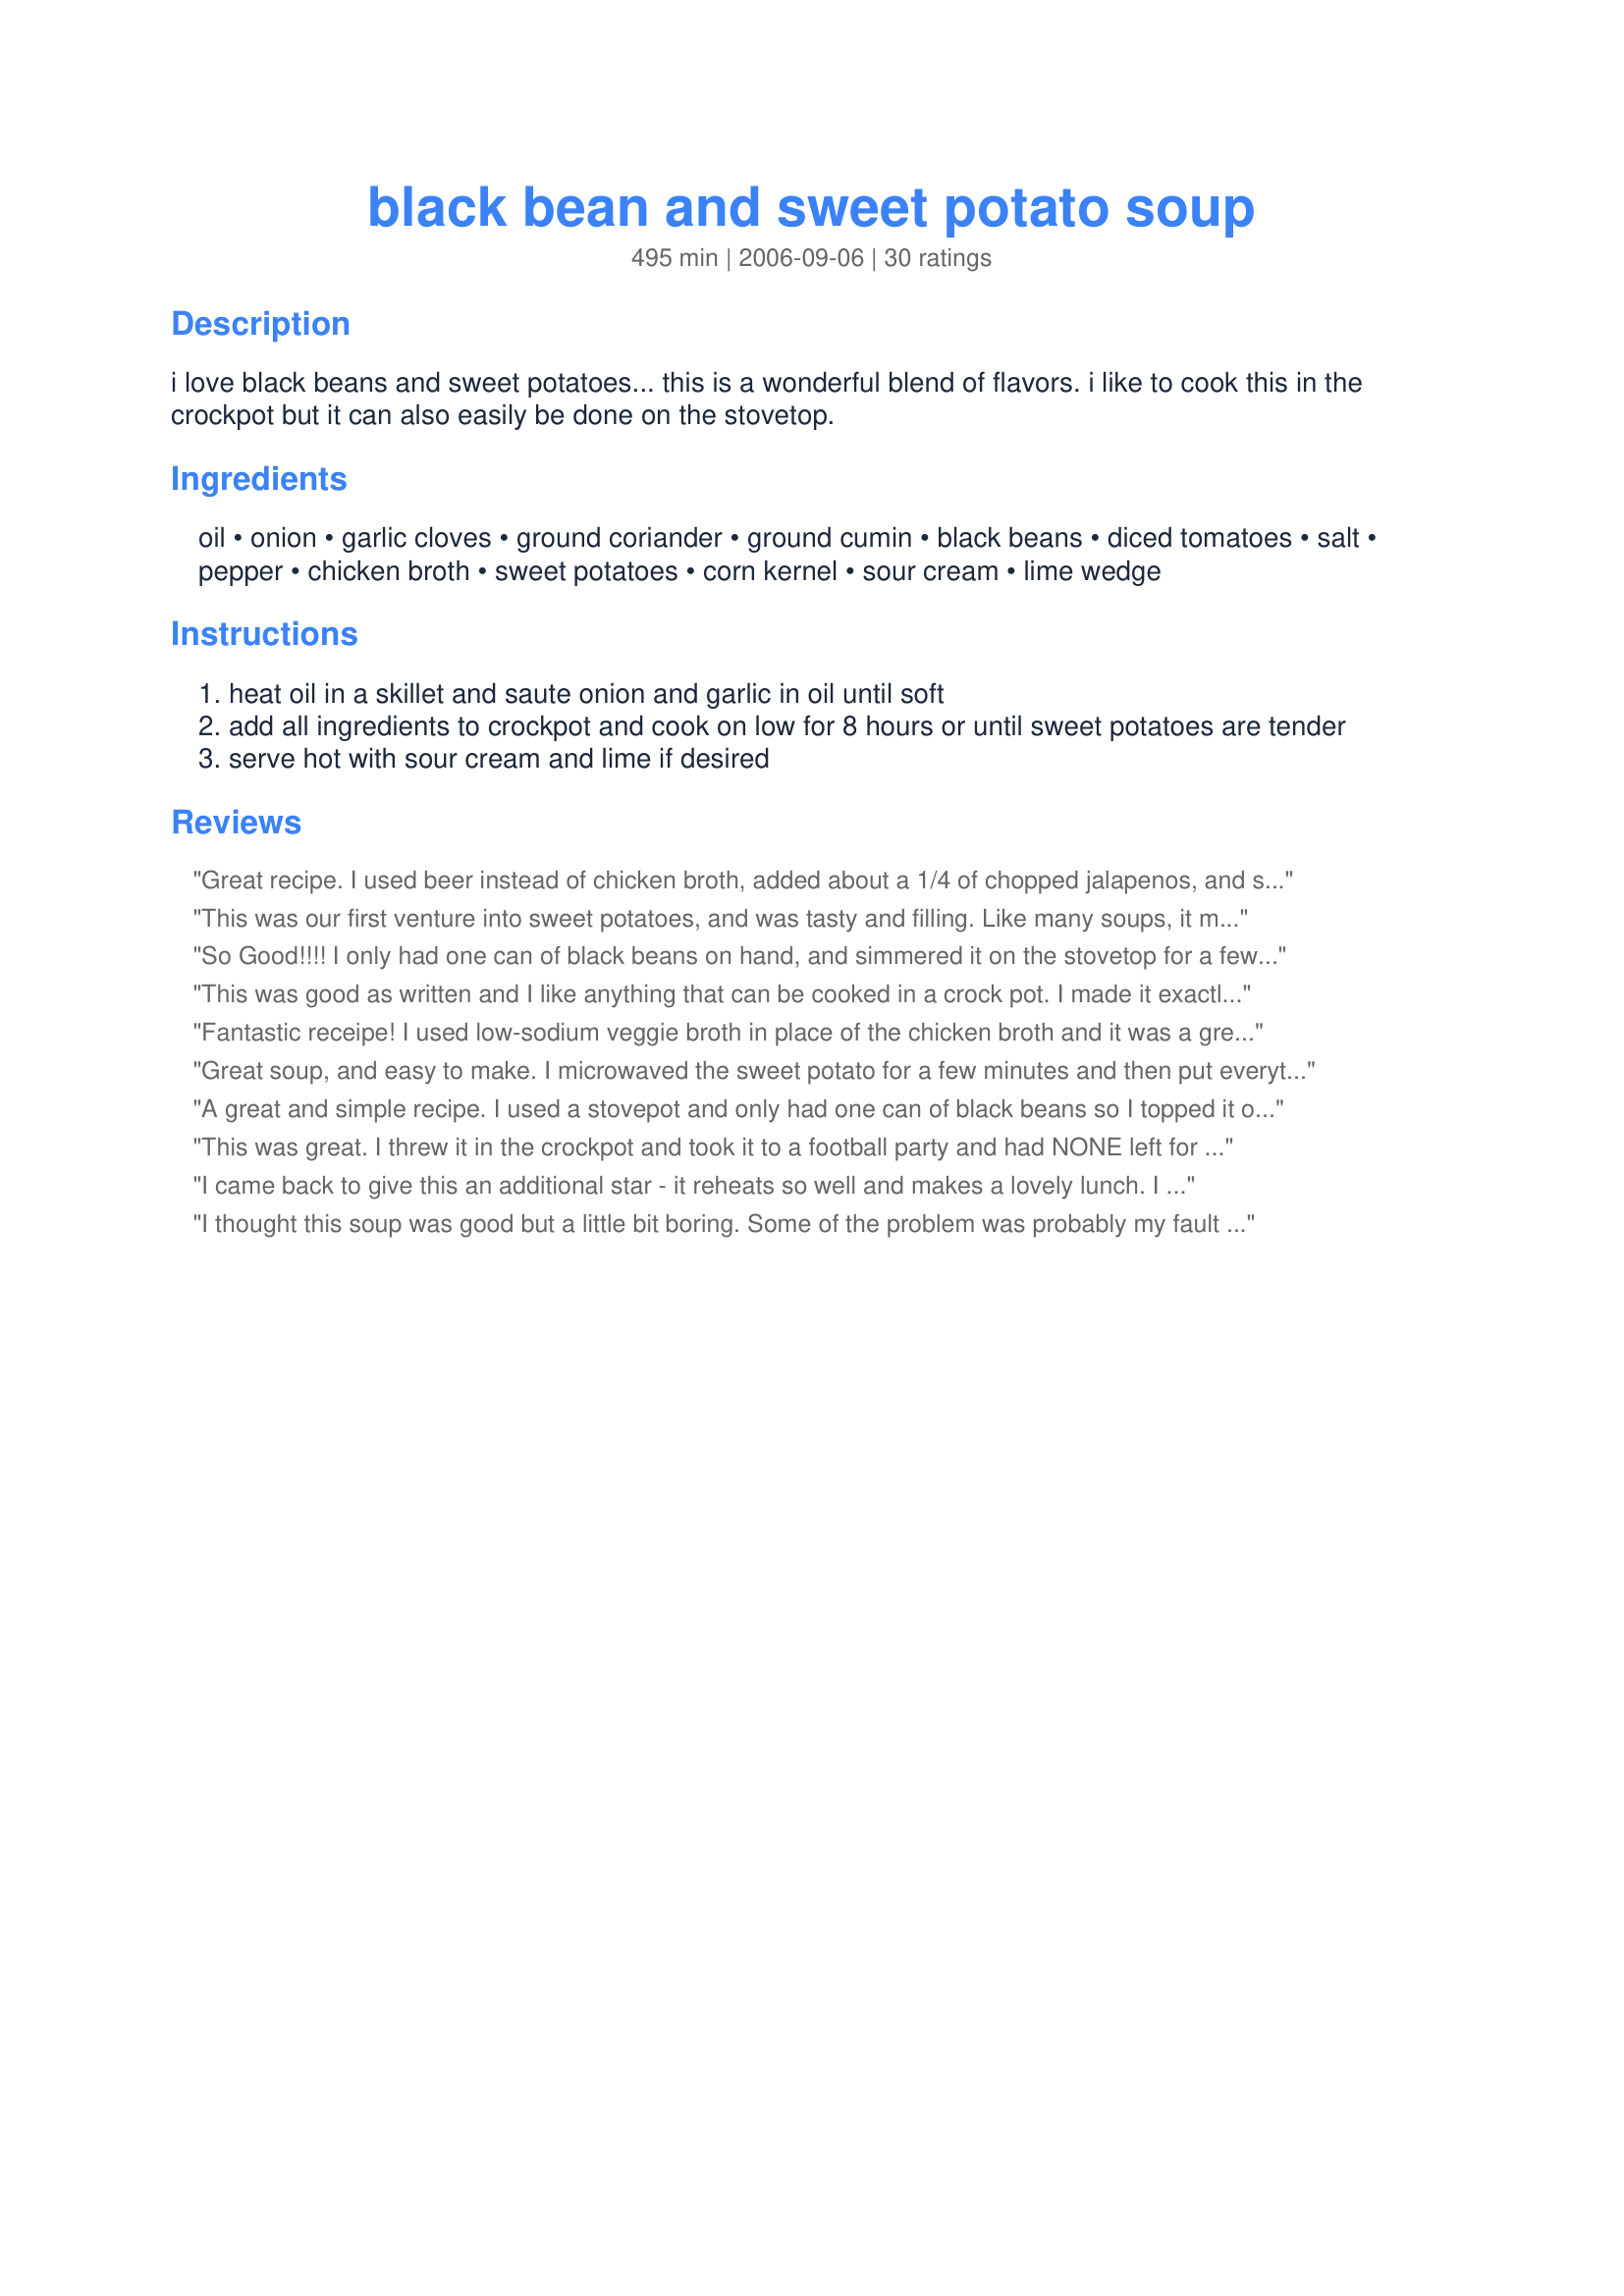
black bean and sweet potato soup
Preparation time: 495 minutes

i love black beans and sweet potatoes... this is a wonderful blend of flavors. i like to cook this in the crockpot but it can also easily be done on the stovetop.

Ingredients:
oil, onion, garlic cloves, ground coriander, ground cumin, black beans, diced tomatoes, salt, pepper, chicken broth, sweet potatoes, corn kernel, sour cream, lime wedge

Steps:
heat oil in a skillet and saute onion and garlic in oil until soft
add all ingredients to crockpot and cook on low for 8 hours or until sweet potatoes are tender
serve hot with sour cream and lime if desired

Reviews:
Great recipe. I used beer instead of chicken broth, added about a 1/4 of chopped jalapenos, and some chicken breast. Great stuff.
This was our first venture into sweet potatoes, and was tasty and filling. Like many soups, it made a LOT for just the two of us. We did it on the stovetop (not good about planning ahead) and it simmered up just fine.
So Good!!!! I only had one can of black beans on hand, and simmered it on the stovetop for a few hours, otherwise made this as stated, and I love this soup! Perfect for fall/winter!
This was good as written and I like anything that can be cooked in a crock pot. I made it exactly as written, except I forgot to rinse the black beans, but it still turned out well. I was worried that it'd taste salty since I didn't rinse the beans, but it was still good.<br/>I will probably substitute rotel for the diced tomatoes the next time I make it, since I like spicy dishes. I'll probably try substituting a can of beer for some of the chicken broth as some others have suggested. I'll repost and rate again when I make those changes, but it is good as written.
Fantastic receipe! I used low-sodium veggie broth in place of the chicken broth and it was a great vegetarian recipe. In place of the corriander I used a little smoked paprika. I made it on the stove top and simmered it for 30 minutes, then used an immersion blender for a great consistency. I added crushed tortilla chips for some salt. Delish!
Great soup, and easy to make. I microwaved the sweet potato for a few minutes and then put everything together in a pot, simmered for a hour. I also added cooked chicken. Everyone liked it!
A great and simple recipe. I used a stovepot and only had one can of black beans so I topped it of with kidney beans. I would say that the sour cream on top is a must.
This was great. I threw it in the crockpot and took it to a football party and had NONE left for my lunch today! Even the kids hoovered multiple bowls which surprised me. I used a combo of beer and chicken broth. I used a Leinyâ€™s Sunset Wheat beer, and thought the coriander and fruit notes in the beer were a perfect compliment to the flavors. While it was good just as it was, I think next time, I will use a can of tomatoes with mild chilies to add a touch of heat as some suggested.
I came back to give this an additional star - it reheats so well and makes a lovely lunch. 

I made a half recipe on the stovetop and found this recipe to be both simple and tasty. I added a liberal amount of hot sauce and enjoyed it very much. I've tried it with and without sour cream and enjoyed it both ways...would have added lime if I had it.
I thought this soup was good but a little bit boring. Some of the problem was probably my fault though; I was lazy and dumped the onion and garlic in without sauteing it, I added too much diced tomatoes, and cut back on the cumin (because I don't like it). I also have no idea if the potatoes were supposed to be the orange kind or the yellow kind. Also wasn't sure if the tomatoes were supposed to be drained or not?
I liked it. It wasn't my favorite but it was very good. Because my husband likes meat, I added cubes of chicken breast to this soup. It was a nice addition. I didn't add the optional sour cream or lime wedges.
I made this exactly as stated in the recipe. I didn&#039;t care for this soup. I was hoping for more of a smooth soup like a squash soup. The flavor was okay, but nothing exciting that would make me want this soup again.
This is fantastic! I admit, it looks a little odd, and I think I would use my immersion blender to mix it up a little bit for my picky SO, but the flavor is super (make sure you chunk the sweet potato small enough). I liked the sour cream, but the lime didn't do much for me. It freezes great, too. Thanks!
I made 1/2 recipe as written with the addition of 1/2 teaspoon of chipolte spice. It does take a while for the sweet potatoes to cook - allow at least 7 hours on low in the crock pot. Excellent.
This soup was outstanding. I followed the recipe to the tee except I did use homeade turkey stock instead of the chicken broth. I think this probably gave the soup a deeper flavor.Thanks for the recipe Lysa.
Made a few changes based on pantry contents: Substituted a pound can of tomato sauce for the tomatoes, used one can of drained black beans and one can of drained pinto beans, left out the corn and the sour cream and lime. Added a teaspoon of dried diced jalapeno peppers and a bit of water. We loved it. It's easy, healthy, and we'll make it again.
This soup was alright... but I doubt we will be making it again. We tried it with sour cream and lime and without. Without, all we really tasted was the chicken broth, after the additions, all we tasted was the sour cream and lime. I love the idea of this soup, too bad it just didn't work for us...
This started out as me trying to think up a way to use the rich, flavorful broth that was a result of making pulled pork. Too good to waste! It was this or posole. I let the broth cool overnight so I could skim off all the fat, and went from there. Used no meat - broth gave a lovely deep meaty note. Used some minced carrot and celery and fresh jalapeno chili along with the onion and garlic - so more of a mirepoix. Toasted the spices, added some hot salsa. Skipped the corn, added another cup of black beans and pinches of allspice and cinnamon. I took out and blended approx. 1/3 of the soup - added back, gave a lovely creamy texture. There was already lime in the pork broth so I didn't add more (broth also included a bit of sugar, garlic, onion, bay leaves, cumin, etc. just FYI). Served with lots of chopped cilantro as garnish, big wedge of avocado in each bowl. Skipped the sour cream just because it seemed like gilding the lily, but will try it sometime. Thought of serving with tortilla chips but ended up serving with fried plantain slices and salsa - just right! Even better the next day.
We thought this was very good when we first had it, but it was even better a couple of days later! Instead of canned, I used some black beans I had cooked with a little bacon, but otherwise followed the recipe exactly. Forgot to try the sour cream and lime options though. Maybe next time. Thanks for posting.
We made a bunch of changes, most of which were suggested here. I sauteed two small onions with the spices (eyeballed) in a skillet, and then added a carton of chicken broth, the tomatoes, three sweet potatoes (unpeeled), and some hot sauce. We forgot the corn, but added some leftover ham, which I would highly recommend. You could also use sausage. I simmered it for about an hour, and then saved the soup for the next day. Delicious.
LOVE this soup!!! Kid friendly. Not too spicy but just enough. I only peeled my potatoes where the skin was rough and the soup was still awesome! I will make this again!!
This is different and delicious. Very easy to prepare and all the ingredients are easily found. 

The sour cream and lime are essental for me. Makes the soup even creamier and more yummy! 

Thanks for sharing.
I love black beans and sweet potatoes (or yams), too, so I knew I was going to love this soup. As per your introduction, I adapted this to the stovetop method. Th spices are just right, and the corn is a nice addition for some subtle crunch. I used nonstick cooking spray in place of the oil, so I cut the fat by a little more. I used yams instead of seet potatoes (I just like them better). A dallop of cool sour cream is wonderful on top. I'll be making this often; thanx!
Fabulous soup! I don't understand why others thought it was boring because we thought the flavors were wonderful! But to each their own, right? I low-boil simmered it on the stovetop (med heat for my stove) for 30 minutes and it was perfectly done. I also toasted the spices with the onions and garlic in the last minute or so of sauteeing. It didn't even need the sour cream, but that added a nice rich dimension (I didn't add any but DH did and I tried his). Even the baby loved it - and there is definitely a nice layering of spice. A+ thanks, Lysa! We will be making this often!!
Yum! I actually just used the general idea though, so I'm writing this for my own future reference. Cooked my sweet potatoes in only 4 1/2 cups water, 3 boullion cubes, and the tomatoes, and some cumin (didn't measure). When they were almost done I added leftover feijoada for the black beans. Pureed part of it. DH thought it would be even better with some OJ concentrate added to give it a citrusy kick.
This was great! I didn't have coriander but came out perfect!!!
Thanks!!
This is good. I made mine on the stove top. It freezes very well. I had some sweet potato sticks I had to use up so this was perfect for that. The only change I made was that I used canned corn instead of frozen. The lime juice would have been a good addition, but I forgot about it. I have a couple more servings in the freezer, so I'll try to remember for next time.
yummy. thanks!
Yummy! I made this in the crockpot. I used dried black beans and I didn't have coriander so I used a little chili powder in addition the cumin. I might have added extra cumin, too, I didn't really measure. (I love cumin!) The corn added really good texture and the sour cream is a good suggestion, too. (Didn't have limes.) This is one of those meals that I think is perfect for the crockpot and I probably wouldn't like it *as* well on the stovetop as I think the long cooking time is really essential for optimum flavor. Thanks for the great recipe!
This was a great soup for a cold icy day! I also made it on the stovetop and added a little beer...(it's one of my favorite secret ingredients). Turned out great for my first recipe from this site! Thanks!
